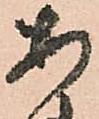
あ